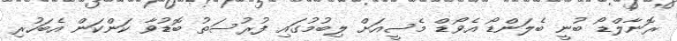
ރޮނާލްޑޯ ބުނީ ބެލަންޑޯ އެވޯޑް މެސީއަށް ލިބުމުގައި ފުރުސަތު ބޮޑުވާ ކަންކަން އެބަހުރި